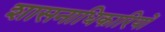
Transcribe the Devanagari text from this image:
शासनाधिकारियों